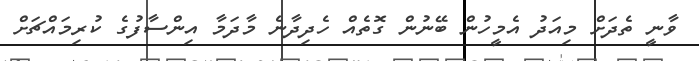
ވާނީ ތެދަށް މިއަދު އެމީހުން ބޭނުން ގޮތެއް ހެދިދާނެ މާދަމާ އިންސާފުގެ ކުރިމައްޗަށް